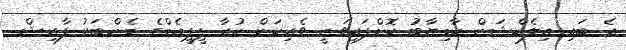
އެ ބައި އިލެކްޝަން ކާމިޔާބު ކޮށްފައިވަނީ ވެރިކަން ކުރާ ޕީޕީއެމްގެ މެންބަރު ފާރިޝް